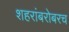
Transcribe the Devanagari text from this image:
शहरांबरोबरच